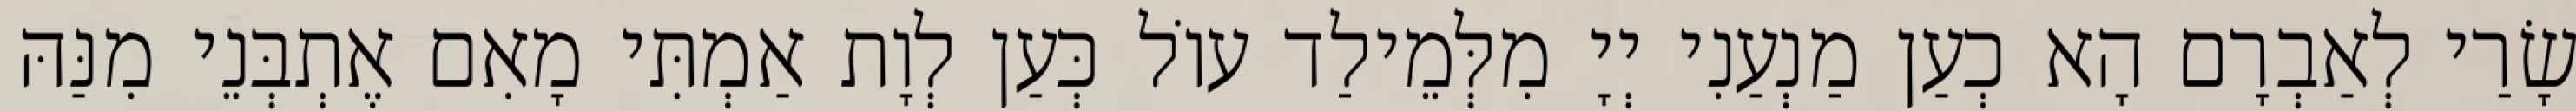
שָׂרַי לְאַבְרָם הָא כְעַן מַנְעַנִי יְיָ מִלְּמֵילַד עוֹל כְּעַן לְוָת אַמְתִּי מָאִם אֶתְבְּנֵי מִנַּהּ